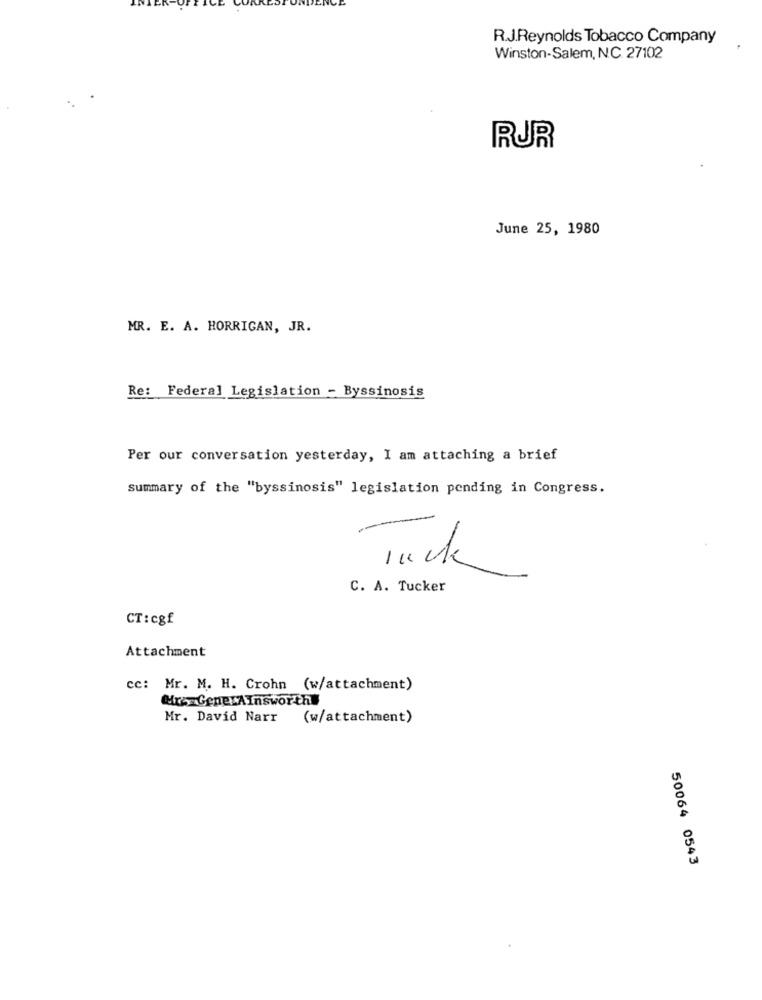
R.J.Reynolds Tobacco Company
Winston-Salem, N.C. 27102
RUR
June 25, 1980
MR. E. A. HORRIGAN, JR.
Re: Federal Legislation - Byssinosis
Per our conversation yesterday, I am attaching a brief
Summary of the "byssinosis" legislation pending in Congress.
-
luck
C. A. Tucker
CT:cgf
Attachment
cc: Mr. M. H. Crohn (w/attachment)
Mrs GenerAInsworth#
Mr. David Narr (w/attachment)
50064 0543